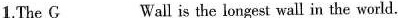
1.The G ___ Wall is the longest wall in the world.